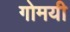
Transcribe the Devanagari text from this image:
गोमयी